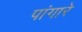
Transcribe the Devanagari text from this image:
पांगारे